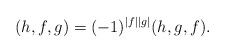
LaTeX: \begin{align*}(h,f,g)=(-1)^{|f||g|}(h,g,f).\end{align*}